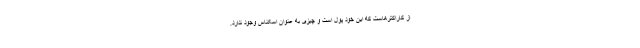
از کاراکترهاست که این خود پول است و چیزی به عنوان اسکناس وجود ندارد.